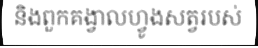
និងពួកគង្វាលហ្វូងសត្វរបស់